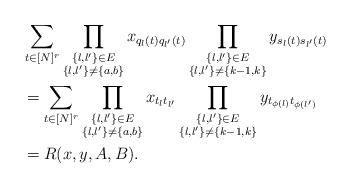
LaTeX: \begin{align*}&\sum_{t\in [N]^r} \prod_{\substack{\{l,l'\}\in E\\ \{l,l'\}\ne \{a, b\}}}x_{q_l(t)q_{l'}(t)} \prod_{\substack{\{l,l'\}\in E\\ \{l,l'\}\ne \{k-1,k\}}}y_{s_l(t)s_{l'}(t)}\\&= \sum_{t\in [N]^r} \prod_{\substack{\{l,l'\}\in E\\ \{l,l'\}\ne \{a, b\}}}x_{t_lt_{l'}} \prod_{\substack{\{l,l'\}\in E\\ \{l,l'\}\ne \{k-1,k\}}}y_{t_{\phi(l)} t_{\phi(l')}}\\&= R(x,y, A, B).\end{align*}